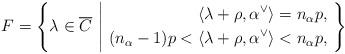
LaTeX: \begin{align*} F = \left\{ \lambda \in \overline{C}\,\, \middle| \,\, \begin{aligned} \langle \lambda + \rho, \alpha^{\vee} \rangle &= n_{\alpha}p, \,\, \\ (n_{\alpha}-1)p < \langle \lambda + \rho, \alpha^{\vee} \rangle &< n_{\alpha}p, \,\, \end{aligned} \right\}\end{align*}